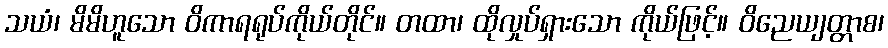
သယံ၊ မိမိဟူသော ဝိကာရရုပ်ကိုယ်တိုင်။ တထာ၊ ထိုလှုပ်ရှားသော ကိုယ်ဖြင့်။ ဝိညေယျတ္တာစ၊